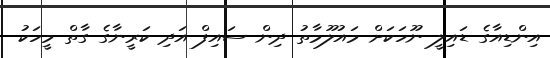
އިންޑިއާގެ ޑައިލީ ނޫހަކަށް މައުލޫމާތު ދިން ސައިފް އަދި ކަރީނާގެ ގާތް މީހަކު